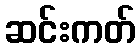
ဆင်းကတ်